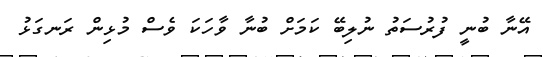
އޭނާ ބުނީ ފުރުސަތު ނުލިބޭ ކަމަށް ބުނާ ވާހަކަ ވެސް މުޅިން ރަނގަޅު